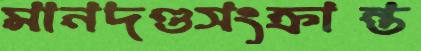
মানদণ্ডসংক্রান্ত